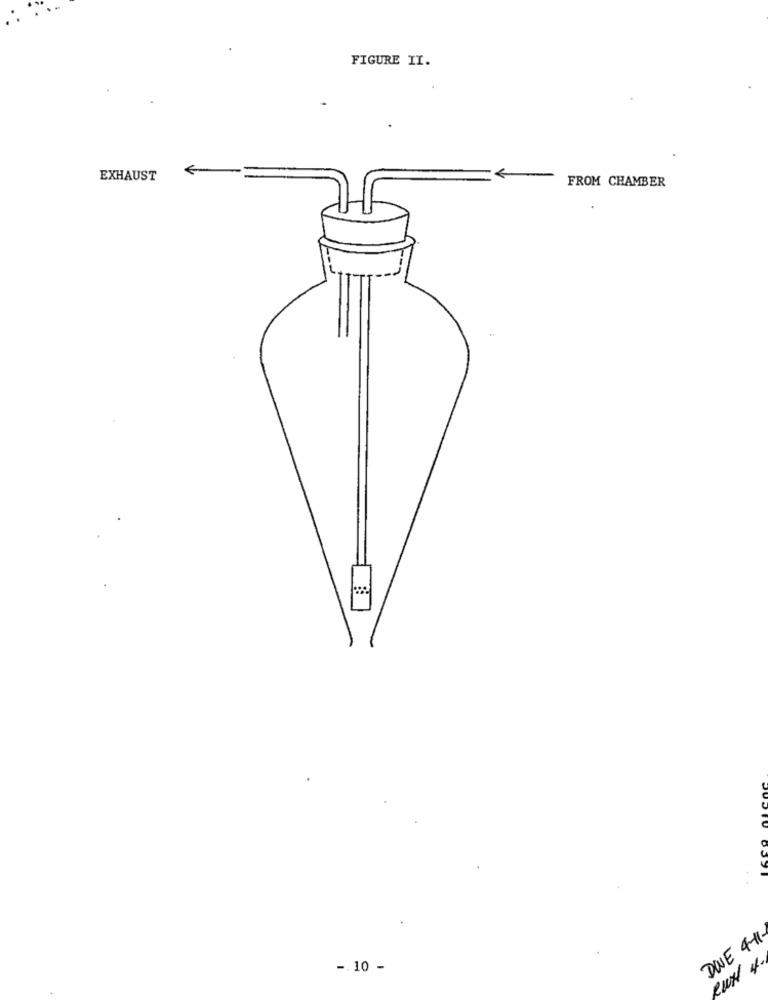
FIGURE II.
EXHAUST
FROM CHAMBER
DOVE 4-11-
eur 4.
-. 10 -